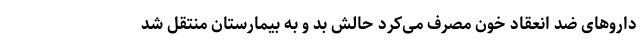
داروهای ضد انعقاد خون مصرف می‌کرد حالش بد و به بیمارستان منتقل شد